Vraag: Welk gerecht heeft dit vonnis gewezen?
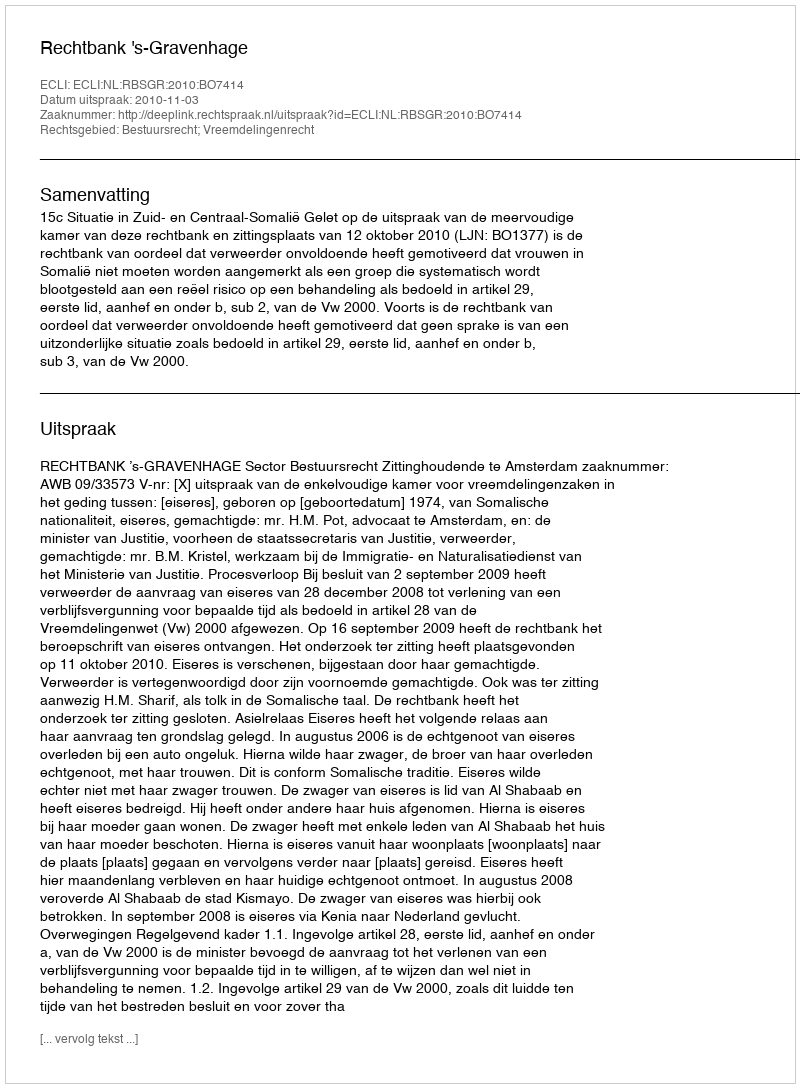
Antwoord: Rechtbank 's-Gravenhage